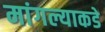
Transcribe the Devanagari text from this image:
मांगल्याकडे